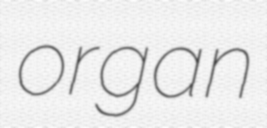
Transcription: organ